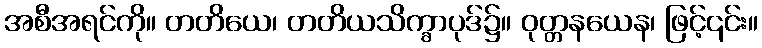
အစီအရင်ကို။ တတိယေ၊ တတိယသိက္ခာပုဒ်၌။ ဝုတ္တနယေန၊ ဖြင့်၎င်း။